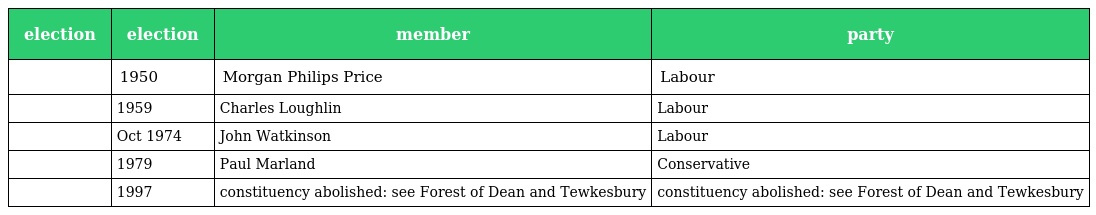
| election | election | member | party |
 | --- | --- | --- | --- |
 |  | 1950 | Morgan Philips Price | Labour |
 |  | 1959 | Charles Loughlin | Labour |
 |  | Oct 1974 | John Watkinson | Labour |
 |  | 1979 | Paul Marland | Conservative |
 |  | 1997 | constituency abolished: see Forest of Dean and Tewkesbury | constituency abolished: see Forest of Dean and Tewkesbury |